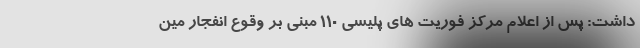
داشت: پس از اعلام مرکز فوریت های پلیسی 110 مبنی بر وقوع انفجار مین